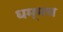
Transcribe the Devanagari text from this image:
धम्मच